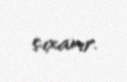
çıxarır.